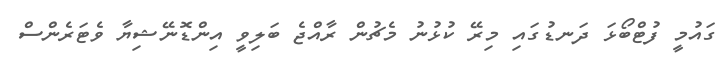
ގައުމީ ފުޓްބޯޅަ ދަނޑުގައި މިރޭ ކުޅުނު މެޗުން ރާއްޖެ ބަލިވީ އިންޑޮނޭޝިޔާ ވެޓަރެންސް